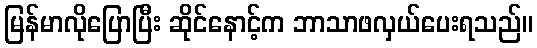
မြန်မာလိုပြောပြီး ဆိုင်နောင့်က ဘာသာဖလှယ်ပေးရသည်။